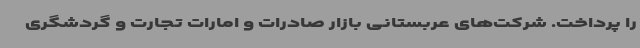
را پرداخت. شرکت‌های عربستانی بازار صادرات و امارات تجارت و گردشگری